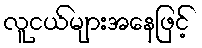
လူငယ်များအနေဖြင့်